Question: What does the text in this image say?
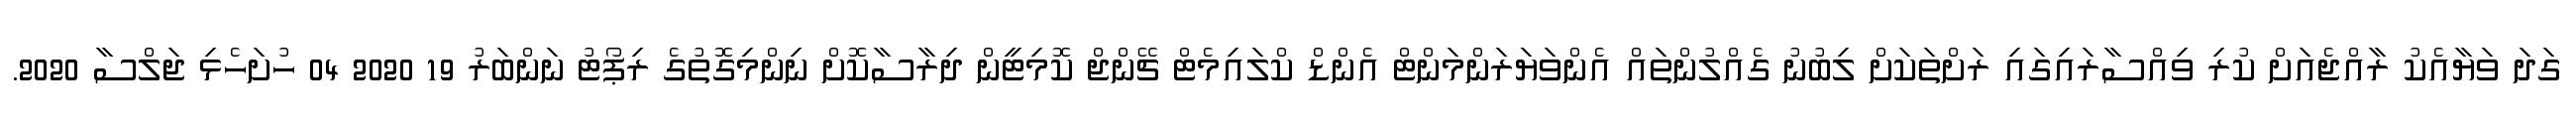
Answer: ގަދަ ވަޔާއެކު ރާއްޖެއަށް ކުރި ވިއްސާރައިގައި ރަށްތަކަށް ލިބުނު ގެއްލުންތައް އެންވަޔަރަންމަންޓް އެންޑް ކްލައިމެޓް ޗޭންޖް ކޮމިޓީން ދިރާސާކޮށް ނިންމިގޮތުގެ ރިޕޯޓު ނަންބަރު 19 2020 04 ހުށަހެޅި ޖަލްސާ 2020.